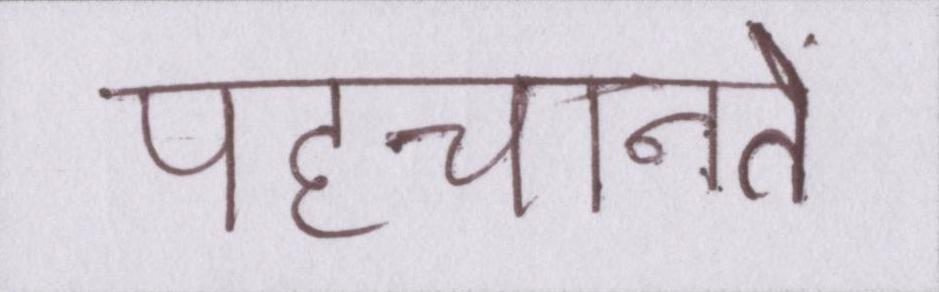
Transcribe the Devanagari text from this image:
पहचानते